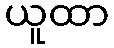
ယူထာ